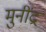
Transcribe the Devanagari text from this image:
मुनींद्र